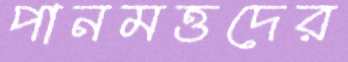
পানমত্তদের